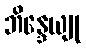
ဘိန္ဒေယျု